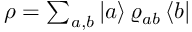
\begin{array} { r } { \rho = \sum _ { a , b } { \left| { a } \right\rangle } \, \varrho _ { a b } ^ { \ } \, { \left\langle { b } \right| } } \end{array}